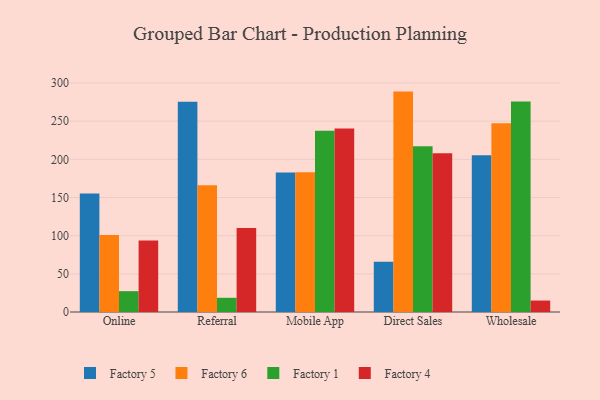
{"axis": {"x": "Channel", "y": "Population (Million)"}, "legend": ["Factory 1", "Factory 4", "Factory 5", "Factory 6"], "data": [{"x": "Online", "y": 155.3, "type": "Factory 5"}, {"x": "Online", "y": 100.9, "type": "Factory 6"}, {"x": "Online", "y": 27.3, "type": "Factory 1"}, {"x": "Online", "y": 93.6, "type": "Factory 4"}, {"x": "Referral", "y": 275.4, "type": "Factory 5"}, {"x": "Referral", "y": 165.9, "type": "Factory 6"}, {"x": "Referral", "y": 18.6, "type": "Factory 1"}, {"x": "Referral", "y": 110.1, "type": "Factory 4"}, {"x": "Mobile App", "y": 182.7, "type": "Factory 5"}, {"x": "Mobile App", "y": 182.9, "type": "Factory 6"}, {"x": "Mobile App", "y": 237.5, "type": "Factory 1"}, {"x": "Mobile App", "y": 240.5, "type": "Factory 4"}, {"x": "Direct Sales", "y": 65.9, "type": "Factory 5"}, {"x": "Direct Sales", "y": 288.7, "type": "Factory 6"}, {"x": "Direct Sales", "y": 217.0, "type": "Factory 1"}, {"x": "Direct Sales", "y": 207.8, "type": "Factory 4"}, {"x": "Wholesale", "y": 205.3, "type": "Factory 5"}, {"x": "Wholesale", "y": 247.3, "type": "Factory 6"}, {"x": "Wholesale", "y": 275.8, "type": "Factory 1"}, {"x": "Wholesale", "y": 15.0, "type": "Factory 4"}]}